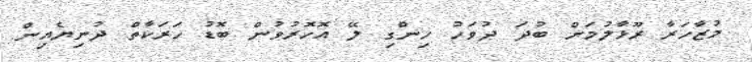
މުޒާހަރާ ރޫޅާލުމަށް ބުދަ ދުވަހު ހިންގި ލޭ އޮހޮރުވުން ބޮޑު ހަރަކާތް ދުނިޔެއިން